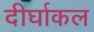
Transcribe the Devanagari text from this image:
दीर्घाकल